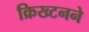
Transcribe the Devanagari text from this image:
क्रिख्टनने